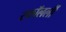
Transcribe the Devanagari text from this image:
स्कॉलर्ली